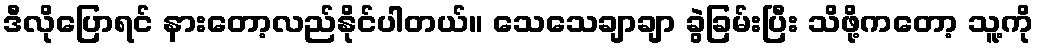
ဒီလိုပြောရင် နားတော့လည်နိုင်ပါတယ်။ သေသေချာချာ ခွဲခြမ်းပြီး သိဖို့ကတော့ သူ့ကို